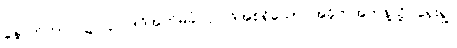
နောက်ကာလ၌။ ဥပ္ပါဒါဒိအဘိမုခံ၊ ဥပါဒ်အစရှိသော အခိုက်အတန့်သို့ ရှေးရှု။